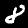
Label: 8